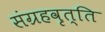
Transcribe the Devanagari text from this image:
संग्रहवृत्ति